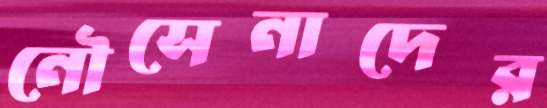
নৌসেনাদের